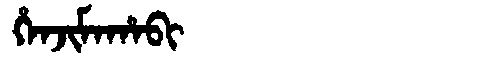
Manchu: ᡥᡝᠨᠵᡳᠮᠠᡥᠠᠪᡳ
Romanization: HENJIMAHABI